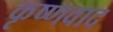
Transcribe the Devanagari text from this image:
कृष्णवाद